Juri_Uluots, lk 12
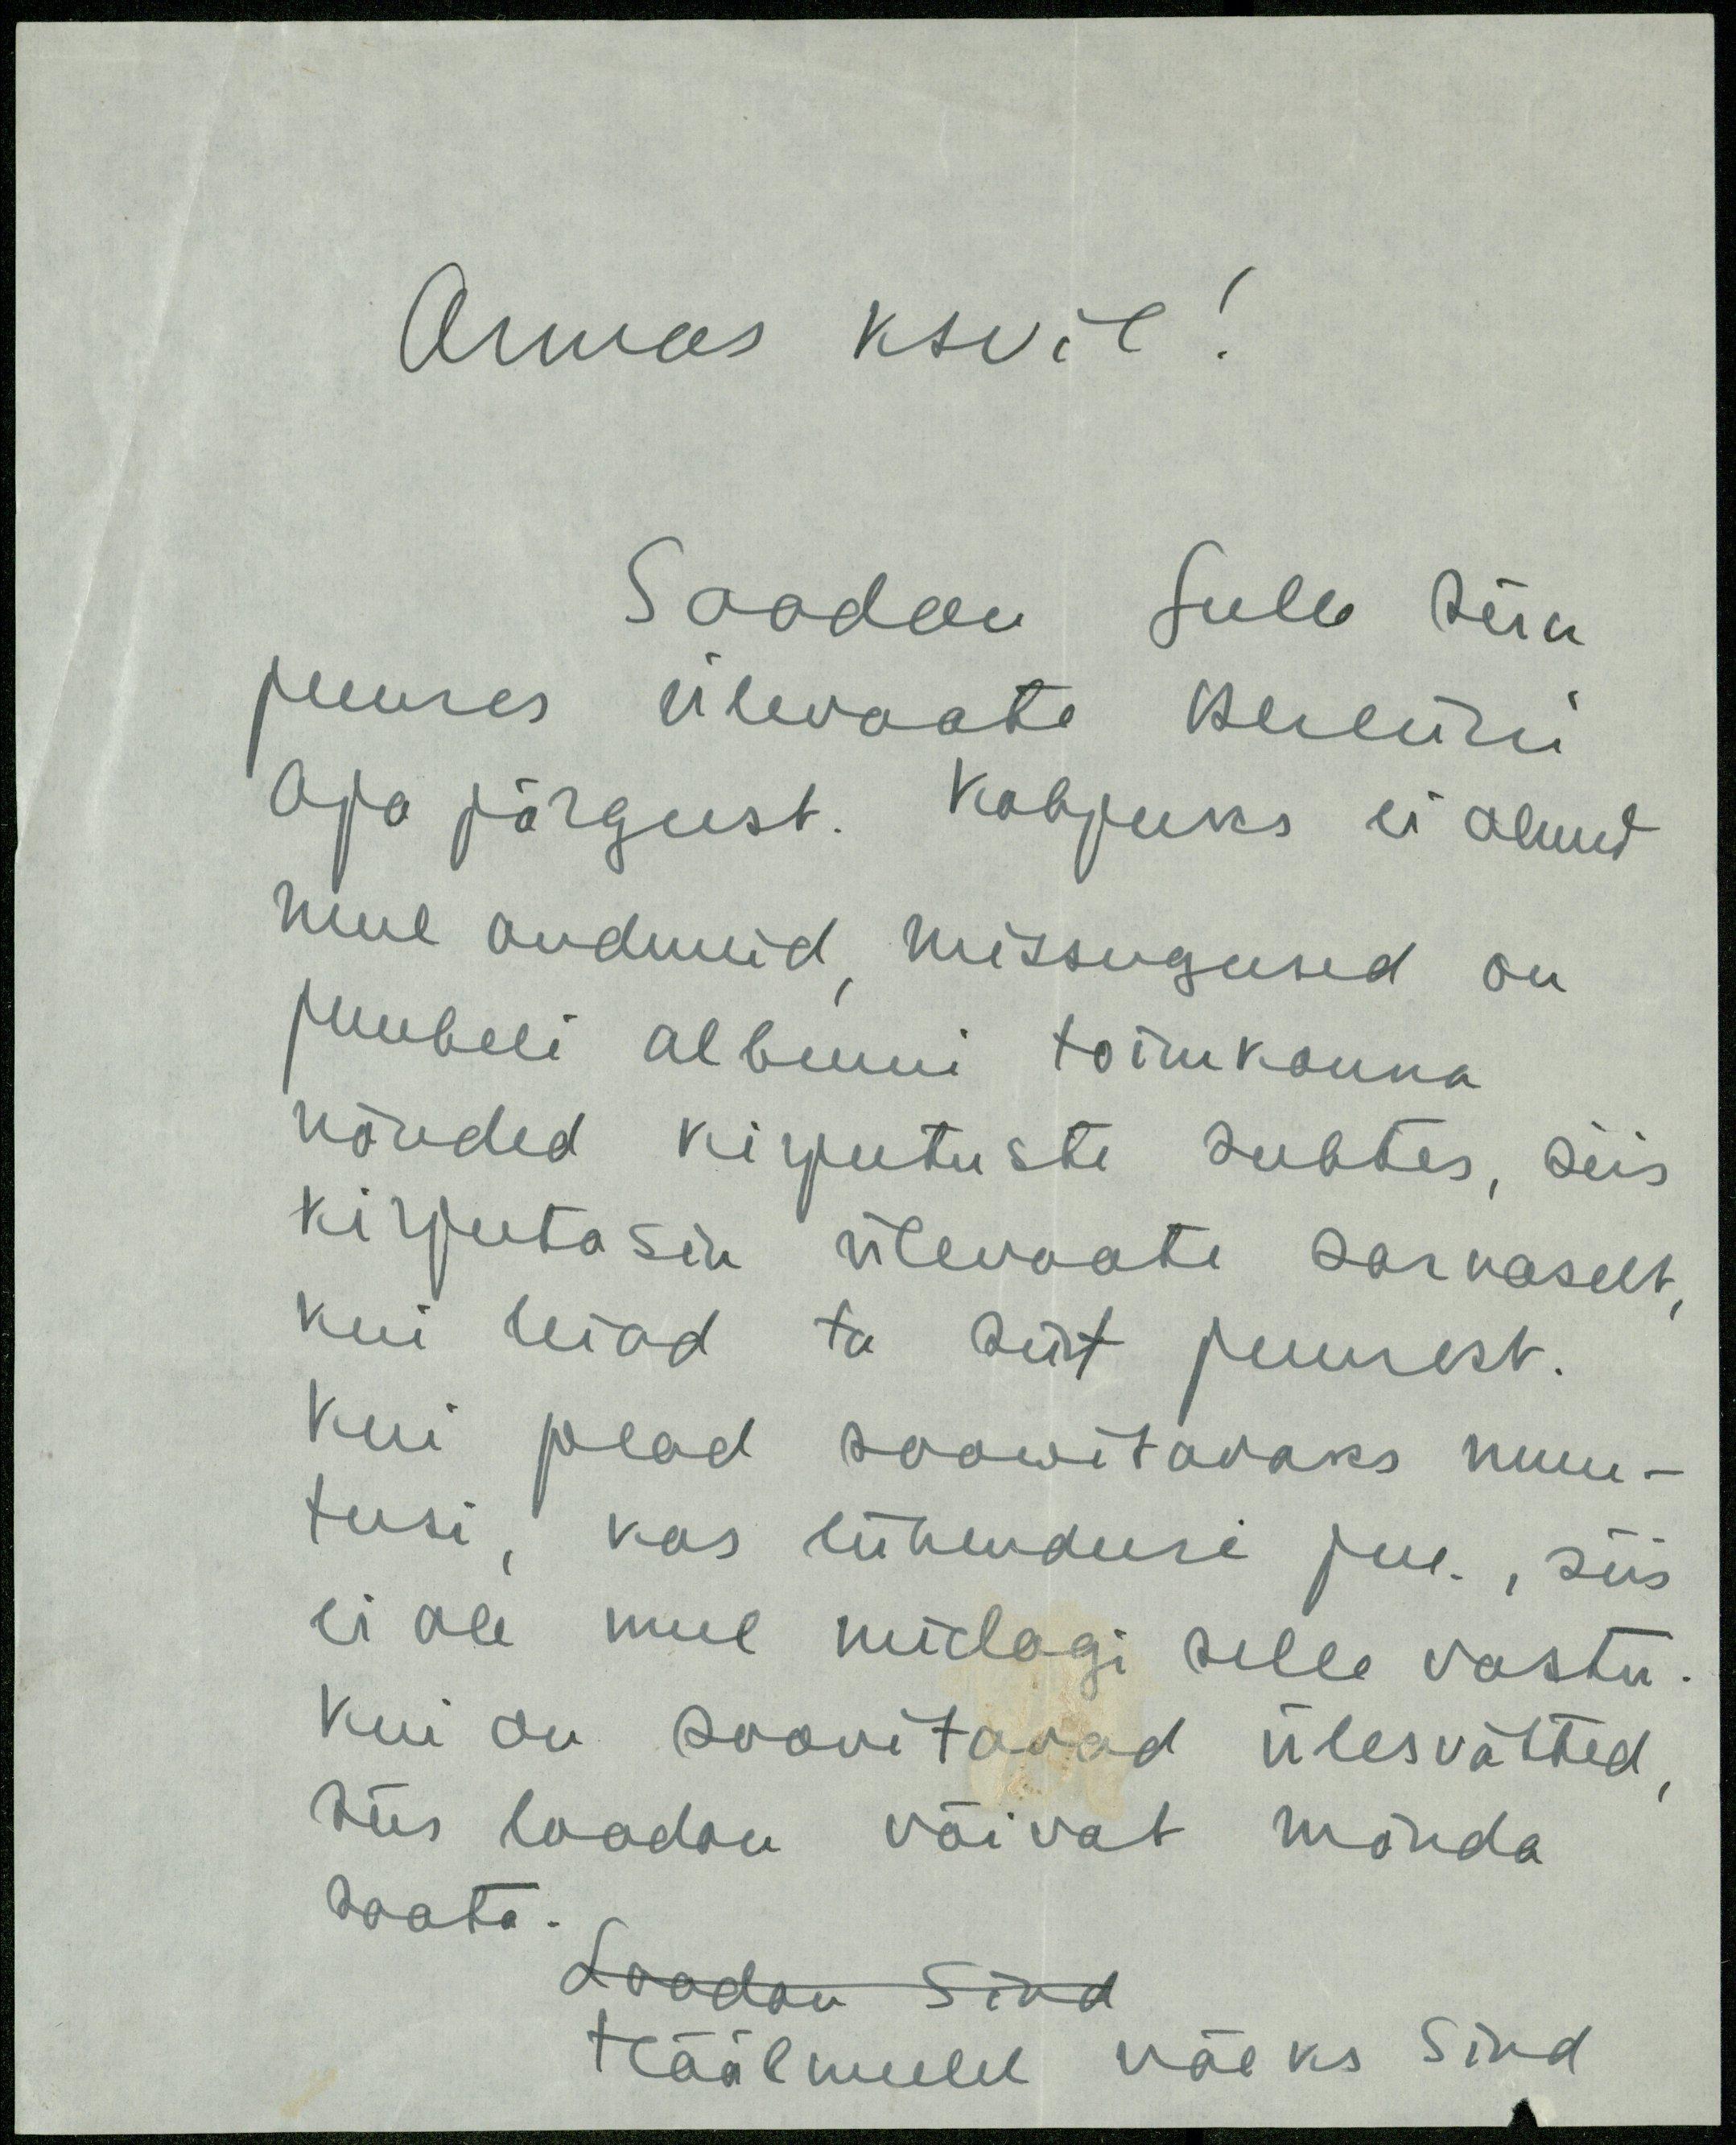
Armas ksvil!
Saadan Sulle siin
juures ülevaate Berliini
aja järgust. Kahjuks ei olnud
mul andmeid missugused on
juubeli albumi toimkonna
nõuded kirjutuste suhtes, siis
kirjutasin ülevaate sarnaselt
kui leiad ta siit juurest.
Kui pead soowitavaks muu-
tusi, kas lühendusi jne., siis
ei ole mul midagi selle vastu.
Kui on soovitavad ülesvõtted,
siis loodan võivat mõnda
saata.
Loodan sind
Häälmeelel näeks Sind